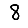
Digit: 8